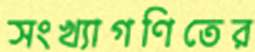
সংখ্যাগণিতের